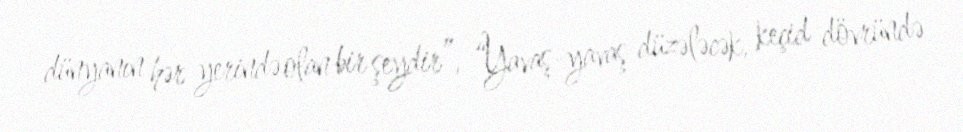
dünyanın hər yerində olan bir şeydir”, “Yavaş-yavaş düzələcək, keçid dövründə